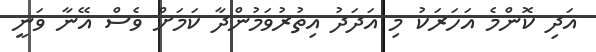
އަދި ކޮންމެ އަހަރަކު މި އަދަދު އިތުރުވަމުންދާ ކަމަށް ވެސް އޭނާ ވަނީ